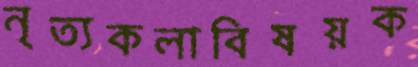
নৃত্যকলাবিষয়ক